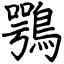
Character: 鶚